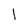
Character: 1